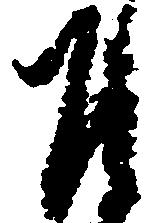
乍